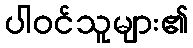
ပါဝင်သူများ၏